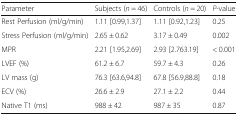
| Parameter | Subjects (n = 46) | Controls (n = 20) | P-value |
 | --- | --- | --- | --- |
 | Rest Perfusion (ml/g/min) | 1.11 [0.99,1.37] | 1.11 [0.92,1.23] | 0.25 |
 | Stress Perfusion (ml/g/min) | 2.65 ± 0.62 | 3.17 ± 0.49 | 0.002 |
 | MPR | 2.21 [1.95,2.69] | 2.93 [2.763.19] | < 0.001 |
 | LVEF (%) | 61.2 ± 6.7 | 59.7 ± 4.3 | 0.26 |
 | LV mass (g) | 76.3 [63.6,94.8] | 67.8 [56.9,88.8] | 0.18 |
 | ECV (%) | 26.6 ± 2.9 | 27.1 ± 2.2 | 0.44 |
 | Native T1 (ms) | 988 ± 42 | 987 ± 35 | 0.87 |